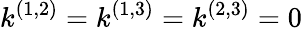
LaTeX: k^{(1,2)}=k^{(1,3)}=k^{(2,3)}=0